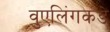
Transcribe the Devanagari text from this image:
वुएलिंगकडे